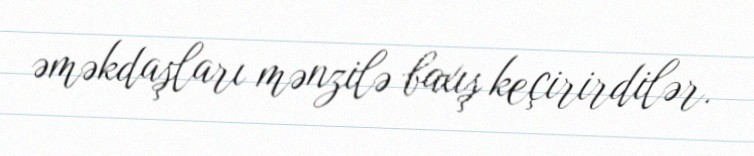
əməkdaşları mənzilə baxış keçirirdilər.